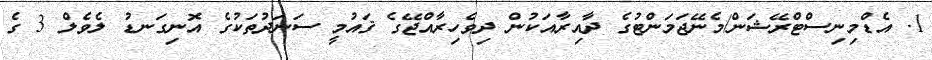
1. އެޑްމިނިސްޓްރޭޝަން/މެނޭޖަމަންޓުގެ ދާއިރާއަކުން ދިވެހިރާއްޖޭގެ ޤައުމީ ސަނަދުތަކުގެ އޮނިގަނޑު ލެވެލް 3 ގެ